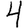
Digit: 4